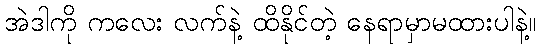
အဲဒါကို ကလေး လက်နဲ့ ထိနိုင်တဲ့ နေရာမှာမထားပါနဲ့။